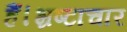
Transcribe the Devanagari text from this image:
हैं।भ्रष्टाचार